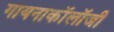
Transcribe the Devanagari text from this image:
गायनाकॉलॉजी